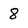
Character: 8